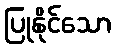
ပြုနိုင်သော